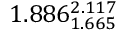
1 . 8 8 6 _ { 1 . 6 6 5 } ^ { 2 . 1 1 7 }